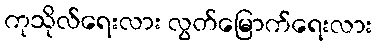
ကုသိုလ်ရေးလား လွတ်မြောက်ရေးလား